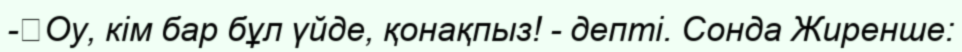
-	Оу, кім бар бұл үйде, қонақпыз! - депті. Сонда Жиренше: